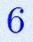
6